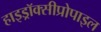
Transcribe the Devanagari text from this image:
हाइड्रॉक्सीप्रोपाइल